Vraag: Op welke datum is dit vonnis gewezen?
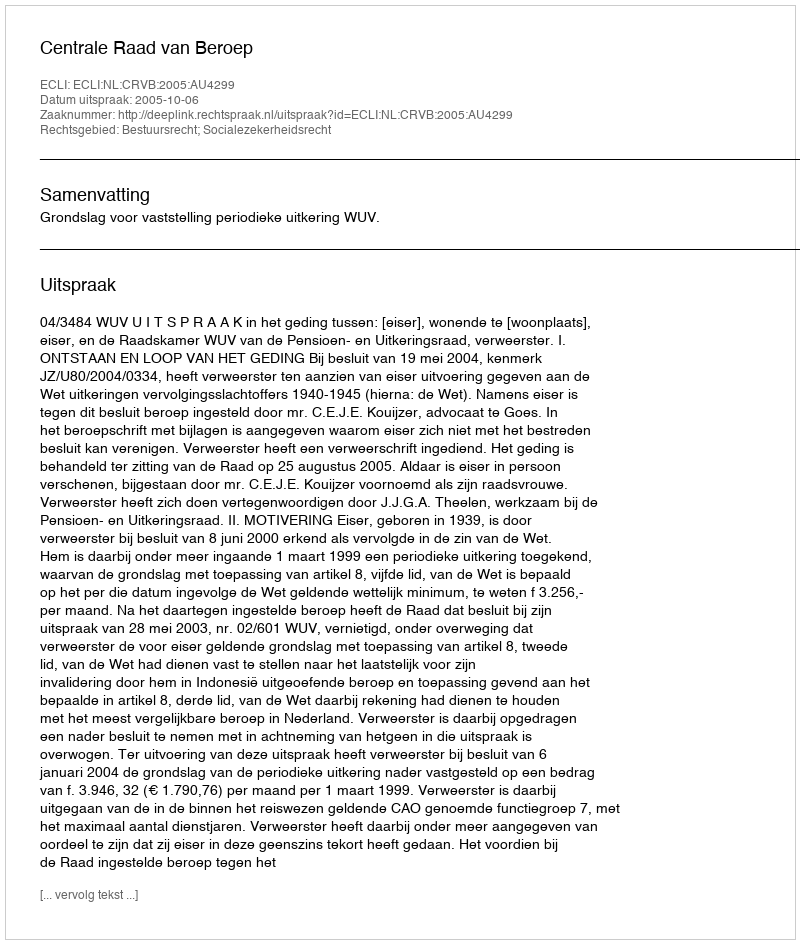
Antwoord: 2005-10-06